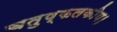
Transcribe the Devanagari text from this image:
चतुष्फलकीय।